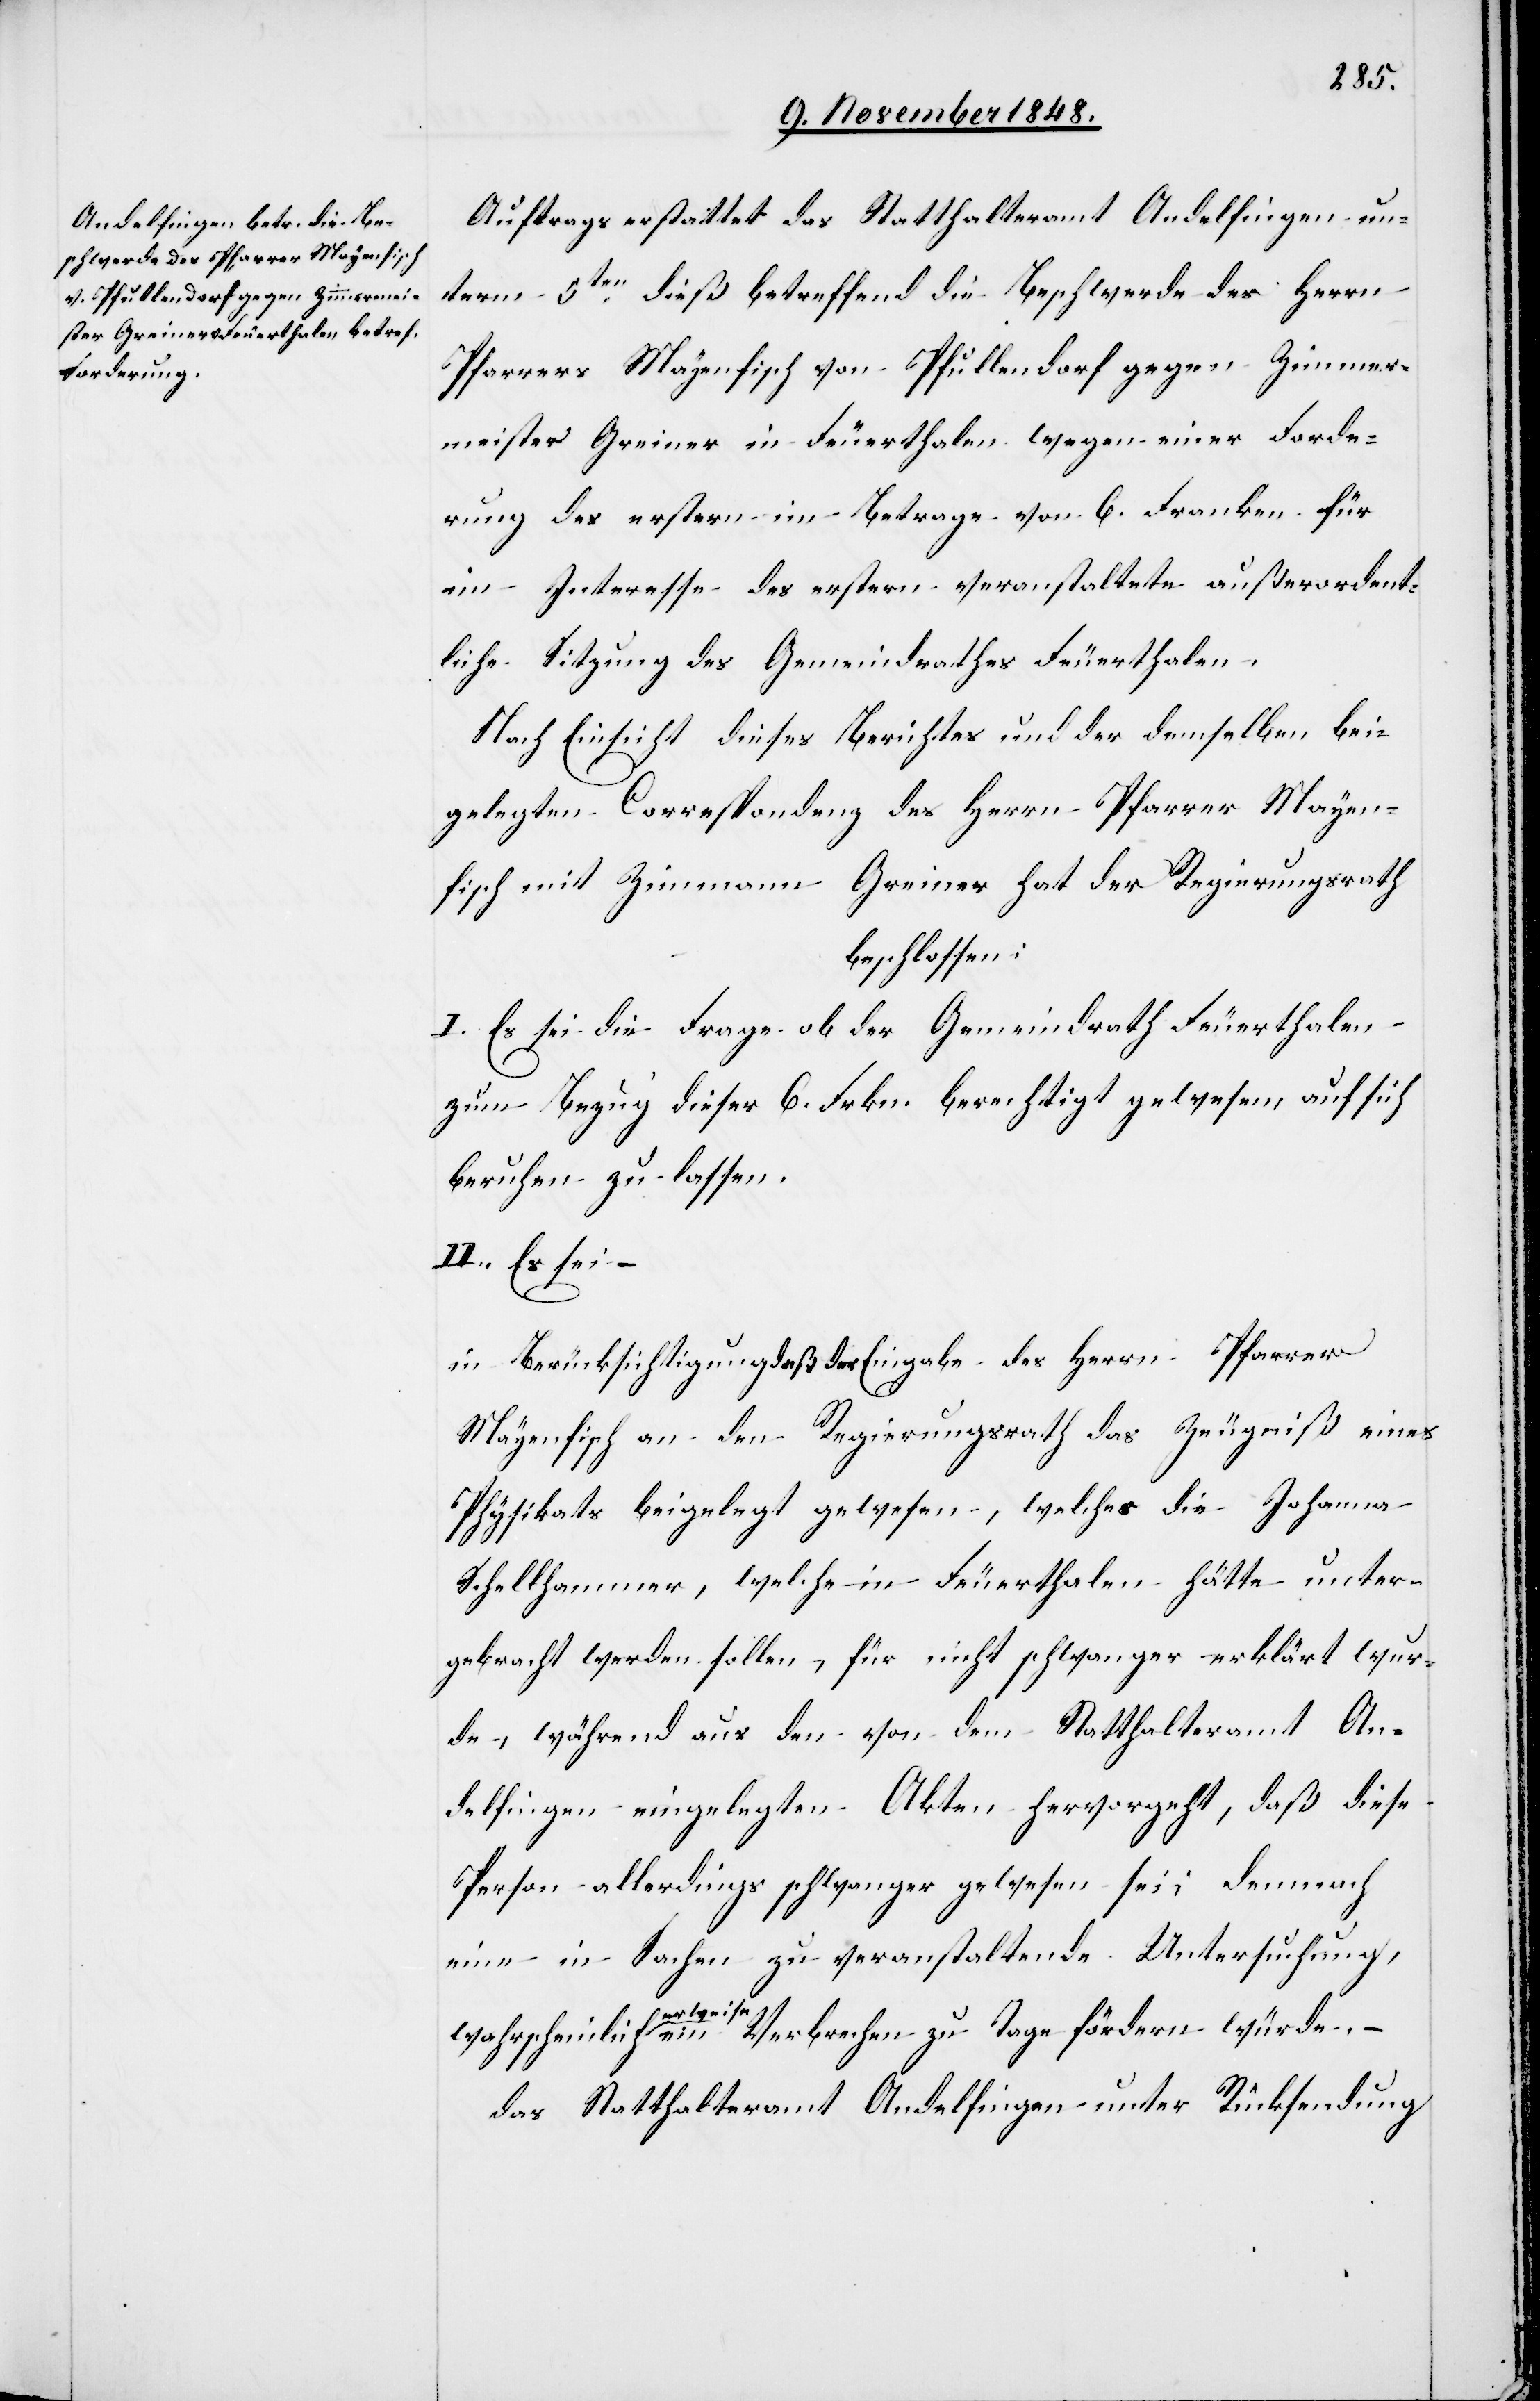
Auftrags erstattet das Statthalteramt Andelfingen un¬
term 5ten dieß betreffend die Beschwerde des Herrn
Pfarrers Mayenfisch von Pfullendorf gegen Zimmer¬
meister Greiner in Feuerthalen wegen einer Forde¬
rung des erstern im Betrage von 6. Franken für
im Interesse des erstern veranstaltete außerordent¬
liche Sitzung des Gemeindrathes Feuerthalen.
Nach Einsicht dieses Berichtes und der demselben bei¬
gelegten Correspondenz des Herrn Pfarrer Mayen¬
fisch mit Zimm[erm]ann Greiner hat der Regierungsrath
beschlossen:
I. Es sei die Frage ob der Gemeindrath Feuerthalen
zum Bezug dieser 6. Frkn. berechtigt gewesen auf sich
beruhen zu lassen.
II. Es sei –
in Berücksichtigung daß der Eingabe des Herrn Pfarrer
Mayenfisch an den Regierungsrath das Zeugniß eines
Physikats beigelegt gewesen, welches die Johanna
Schellhammer, welche in Feuerthalen hätte unter¬
gebracht werden sollen, für nicht schwanger erklärt wur¬
de, während aus den von dem Statthalteramt An¬
delfingen eingelegten Akten hervorgeht, daß diese
Person allerdings schwanger gewesen sei; demnach
eine in Sachen zu veranstaltende Untersuchung,
wahrscheinlicherweise ein Verbrechen zu Tage fördern würde. –
das Statthalteramt Andelfingen unter Rücksendung